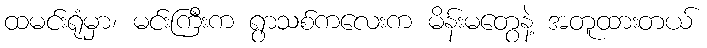
ထမင်းရုံမှာ၊ မင်းကြီးက ရွာသစ်ကလေးက မိန်းမတွေနဲ့ အတူထားတယ်